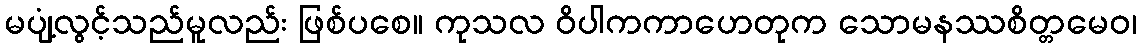
မပျံ့လွင့်သည်မူလည်း ဖြစ်ပစေ။ ကုသလ ဝိပါကကာဟေတုက သောမနဿစိတ္တမေဝ၊